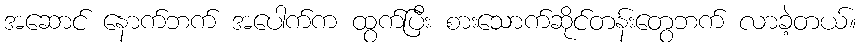
အဆောင် နောက်ဘက် အပေါက်က ထွက်ပြီး စားသောက်ဆိုင်တန်းတွေဘက် လာခဲ့တယ်။